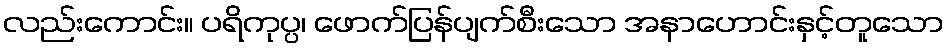
လည်းကောင်း။ ပရိကုပ္ပ၊ ဖောက်ပြန်ပျက်စီးသော အနာဟောင်းနှင့်တူသော